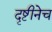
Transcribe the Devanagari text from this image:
दृष्टीनेच